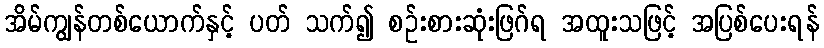
အိမ်ကျွန်တစ်ယောက်နှင့် ပတ် သက်၍ စဉ်းစားဆုံးဖြဂ်ရ အထူးသဖြင့် အပြစ်ပေးရန်